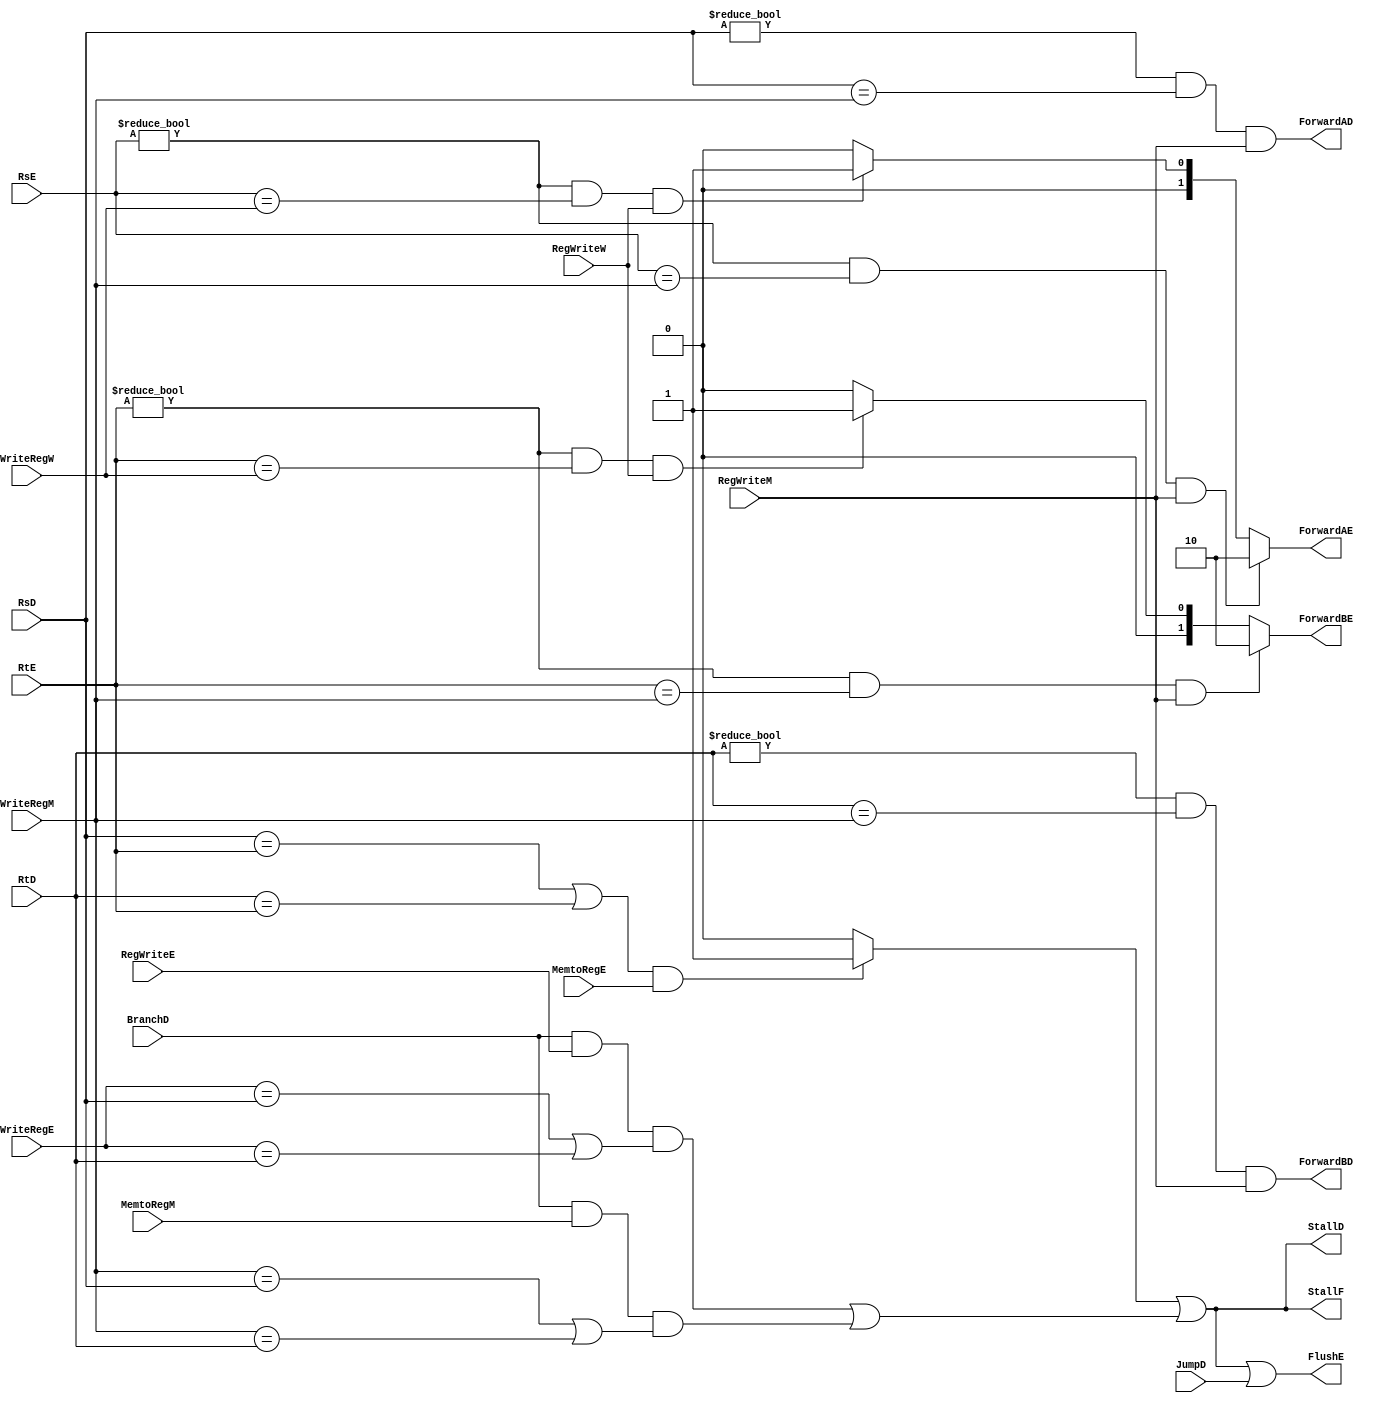
module Hazard_Unit (
    //D
    input       [4:0]   RsD,RtD,
    input               BranchD,JumpD,
    output reg          StallD,ForwardAD,ForwardBD,
    //E
    input       [4:0]   RsE,RtE,
    input       [4:0]   WriteRegE,
    input               RegWriteE,
    input               MemtoRegE,
    output reg          FlushE,
    output reg  [1:0]   ForwardAE,ForwardBE,
    //M
    input               RegWriteM,MemtoRegM,
    input       [4:0]   WriteRegM,
    //W
    input       [4:0]   WriteRegW,
    input               RegWriteW,
    //F
    output reg          StallF    
);

/*------------------------Internal signals----------------------*/
reg lwStall,BranchStall;

always @(*)
    begin : Forwarding_A
        if((RsE!=0) && (RsE==WriteRegM) && RegWriteM)
            begin   
                ForwardAE=2'b10;
            end
        else if ((RsE!=0) && (RsE==WriteRegW) && RegWriteW)
            begin
                ForwardAE=2'b01;
            end
        else 
            begin
                ForwardAE=2'b00;
            end
    end
always @(*)
    begin : Forwarding_B_DH
        if((RtE!=0) && (RtE==WriteRegM) && RegWriteM)
            begin   
                ForwardBE=2'b10;
            end
        else if ((RtE!=0) && (RtE==WriteRegW) && RegWriteW)
            begin
                ForwardBE=2'b01;
            end
        else 
            begin
                ForwardBE=2'b00;
            end
    end

always @(*) 
    begin : Stalling_and_Flushing_DH
        lwStall=(((RsD==RtE) || (RtD==RtE)) && (MemtoRegE)) ? 1:0;
        BranchStall=(BranchD && RegWriteE && (WriteRegE==RsD || WriteRegE==RtD)) || (BranchD && MemtoRegM && (WriteRegM==RsD || WriteRegM==RtD));
        StallF = lwStall | BranchStall;
        StallD = lwStall | BranchStall;
        FlushE = lwStall | BranchStall | JumpD;
    end

always @(*)
    begin 
        ForwardAD=(RsD!=0) && (RsD==WriteRegM) && RegWriteM;
        ForwardBD=(RtD!=0) && (RtD==WriteRegM) && RegWriteM;
    end


endmodule